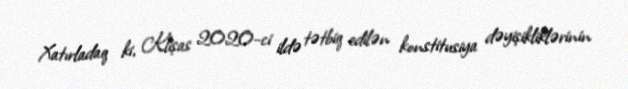
Xatırladaq ki, Klişas 2020-ci ildə tətbiq edilən konstitusiya dəyişikliklərinin